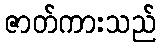
ဇာတ်ကားသည်